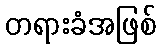
တရားခံအဖြစ်